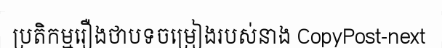
ប្រតិកម្មរឿងថាបទចម្រៀងរបស់នាង CopyPost-next